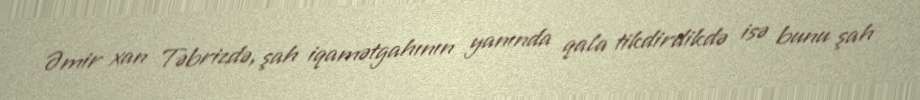
Əmir xan Təbrizdə, şah iqamətgahının yanında qala tikdirdikdə isə bunu şah